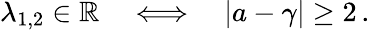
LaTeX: \lambda_{1,2}\in\mathbb{R}\quad\Longleftrightarrow\quad|a-\gamma|\ge 2\, .